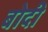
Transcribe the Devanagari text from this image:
बोदी